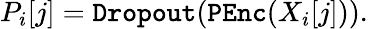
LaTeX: \begin{array}{r}{P_{i}[j]=\texttt{Dropout}(\mathtt{PEnc}(X_{i}[j])).}\end{array}